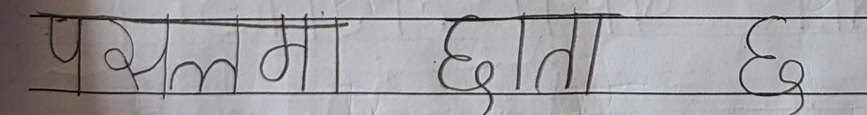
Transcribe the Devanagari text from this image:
पसलमा छाता छ